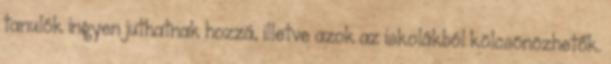
tanulók ingyen juthatnak hozzá, illetve azok az iskolákból kölcsönözhetők.